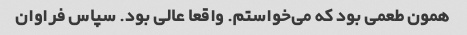
همون طعمی بود که می‌خواستم. واقعا عالی بود. سپاس فراوان